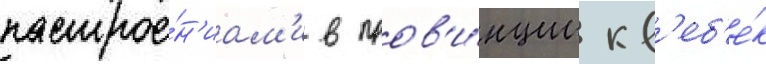
настрое́н'иам'и в пров'и́нции кв'еб'е́к